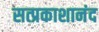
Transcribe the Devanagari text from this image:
सत्प्रकाशानंद